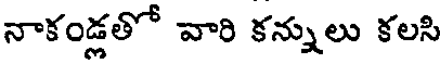
నాకండ్లతో వారి కన్నులు కలసి